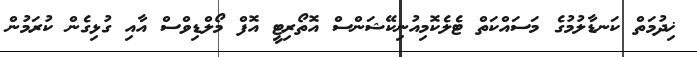
ޚިދުމަތް ކަނޑާލުމުގެ މަސައްކަތް ޓެލެކޮމިއުނިކޭޝަންސް އޮތޯރިޓީ އޮފް މޯލްޑިވްސް އާއި ގުޅިގެން ކުރަމުން